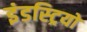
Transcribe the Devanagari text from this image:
इंडस्ट्रियों